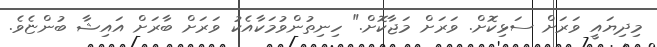
މިދިޔައީ ވަރަށް ސަޅިކޮށް. ވަރަށް މަޖާކޮށް." ހިނިތުންވުމަކާއެކު ވަރަށް ބާރަށް އައިޝާ ބުންޏެވެ.